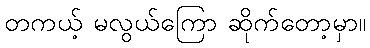
တကယ့် မလွယ်ကြော ဆိုက်တော့မှာ။